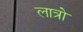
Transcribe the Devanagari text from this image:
लात्रो